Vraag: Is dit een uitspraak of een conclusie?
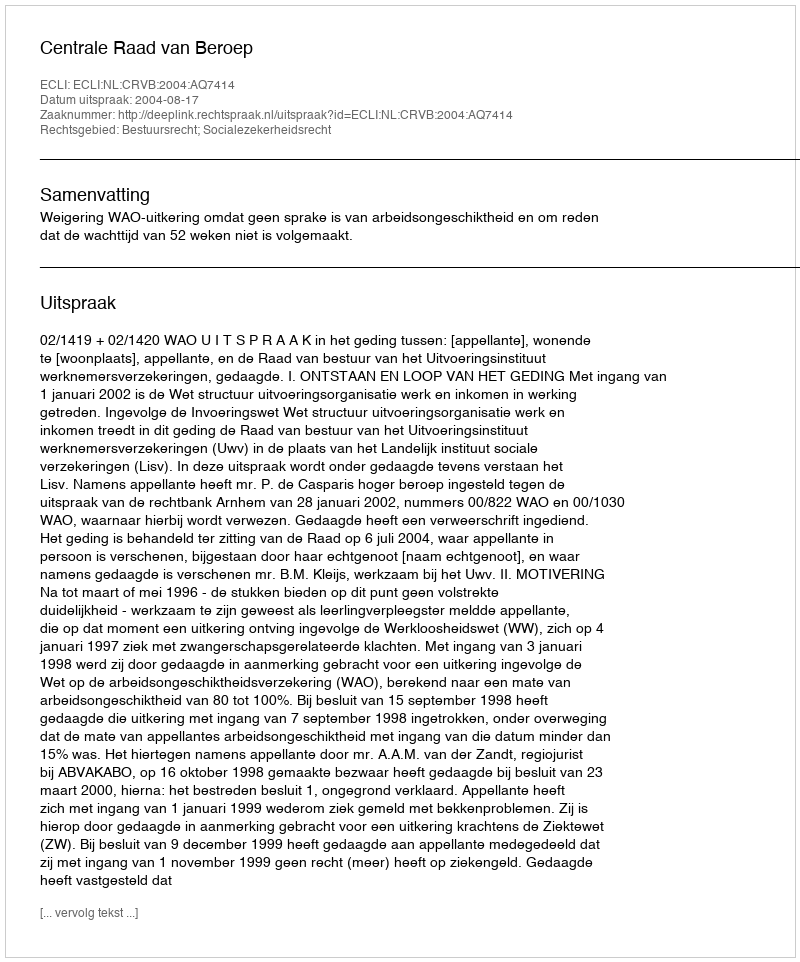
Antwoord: Uitspraak